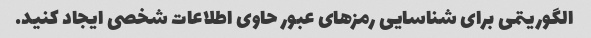
الگوریتمی برای شناسایی رمزهای عبور حاوی اطلاعات شخصی ایجاد کنید.